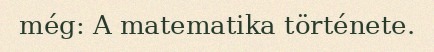
még: A matematika története.